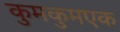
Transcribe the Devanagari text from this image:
कुमकुमएक